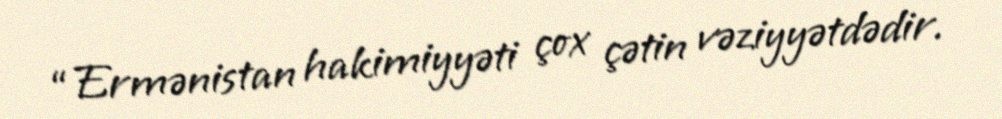
“Ermənistan hakimiyyəti çox çətin vəziyyətdədir.